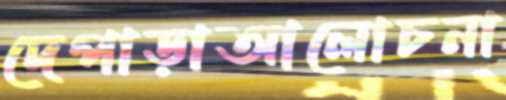
দেপাড়াআলোচনা